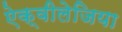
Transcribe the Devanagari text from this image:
ऐक्वीलेजिया